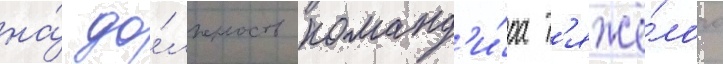
на́ до́лжность команд'и́ра т'яжё́лого